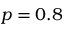
p = 0 . 8